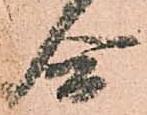
合